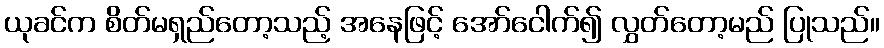
ယုခင်က စိတ်မရှည်တော့သည့် အနေဖြင့် အော်ငေါက်၍ လွှတ်တော့မည် ပြုသည်။